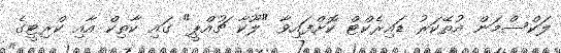
ލަކްސްމަން އުތޭކަރު ޑައިރެކްޓް ކޮށްފައިވާ "ލޫކާ ޗުއްޕީ" ގައި ކާތިކް އާއި ކްރިޓީގެ